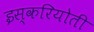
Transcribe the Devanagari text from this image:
इस्करियोती